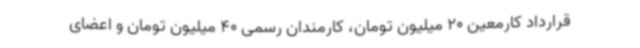
قرارداد کارمعین 20 میلیون تومان، کارمندان رسمی 40 میلیون تومان و اعضای